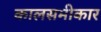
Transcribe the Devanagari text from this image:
कालसमीकार